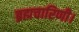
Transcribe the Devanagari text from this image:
ब्रह्मचारिणी।